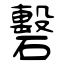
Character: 礊